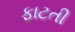
ફાટતી